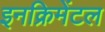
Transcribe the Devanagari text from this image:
इनक्रिमेंटल